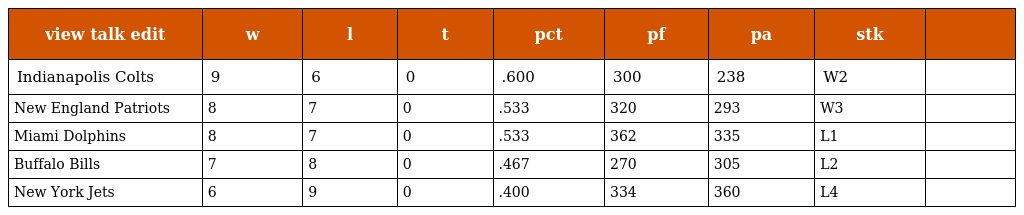
| view talk edit | w | l | t | pct | pf | pa | stk |  |
 | --- | --- | --- | --- | --- | --- | --- | --- | --- |
 | Indianapolis Colts | 9 | 6 | 0 | .600 | 300 | 238 | W2 |  |
 | New England Patriots | 8 | 7 | 0 | .533 | 320 | 293 | W3 |  |
 | Miami Dolphins | 8 | 7 | 0 | .533 | 362 | 335 | L1 |  |
 | Buffalo Bills | 7 | 8 | 0 | .467 | 270 | 305 | L2 |  |
 | New York Jets | 6 | 9 | 0 | .400 | 334 | 360 | L4 |  |